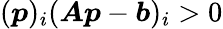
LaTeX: ({\boldsymbol{p}})_{i}({\boldsymbol{A}}{\boldsymbol{p}}-{\boldsymbol{b}})_{i}>0